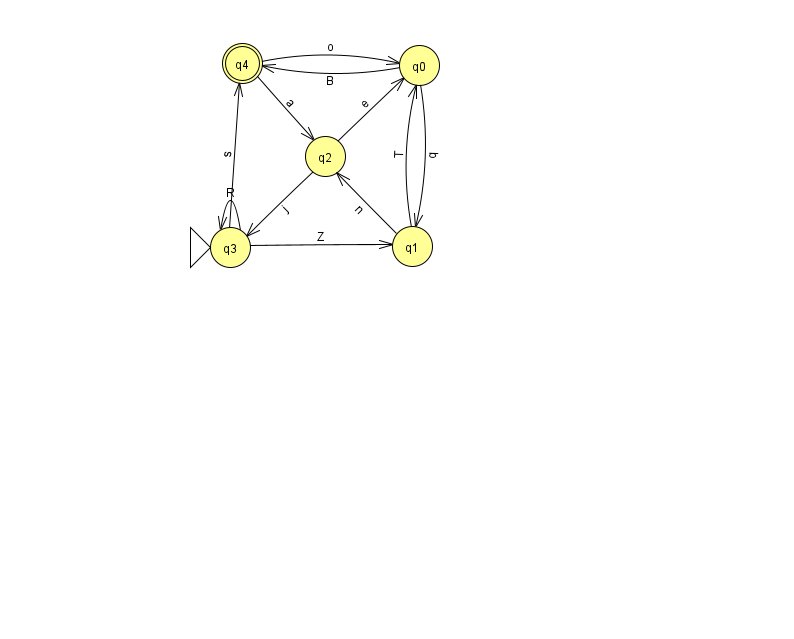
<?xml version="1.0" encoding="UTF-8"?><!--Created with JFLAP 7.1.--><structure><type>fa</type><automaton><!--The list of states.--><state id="0" name="q0"><x>419.0</x><y>52.0</y></state><state id="1" name="q1"><x>412.0</x><y>233.0</y></state><state id="2" name="q2"><x>325.0</x><y>143.0</y></state><state id="3" name="q3"><x>230.0</x><y>234.0</y><initial/></state><state id="4" name="q4"><x>242.0</x><y>50.0</y><final/></state><!--The list of transitions.--><transition><from>4</from><to>0</to><read>o</read></transition><transition><from>3</from><to>3</to><read>R</read></transition><transition><from>3</from><to>4</to><read>s</read></transition><transition><from>2</from><to>0</to><read>e</read></transition><transition><from>2</from><to>3</to><read>j</read></transition><transition><from>1</from><to>2</to><read>n</read></transition><transition><from>0</from><to>1</to><read>q</read></transition><transition><from>0</from><to>4</to><read>B</read></transition><transition><from>1</from><to>0</to><read>T</read></transition><transition><from>3</from><to>1</to><read>Z</read></transition><transition><from>4</from><to>2</to><read>a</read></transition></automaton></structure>